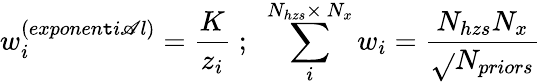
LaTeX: w_{i}^{\left(exponen\mathtt{t}i\mathscr{A}l\right)}=\frac{{K}}{{z_{i}}}\; ;\; \; \sum_{i}^{N_{hzs}\times\ N_{x}}w_{i}=\frac{{N_{hzs}N_{x}}}{{\sqrt{}{{N_{priors}}}}}